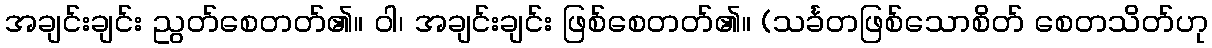
အချင်းချင်း ညွတ်စေတတ်၏။ ဝါ၊ အချင်းချင်း ဖြစ်စေတတ်၏။ (သင်္ခတဖြစ်သောစိတ် စေတသိတ်ဟု